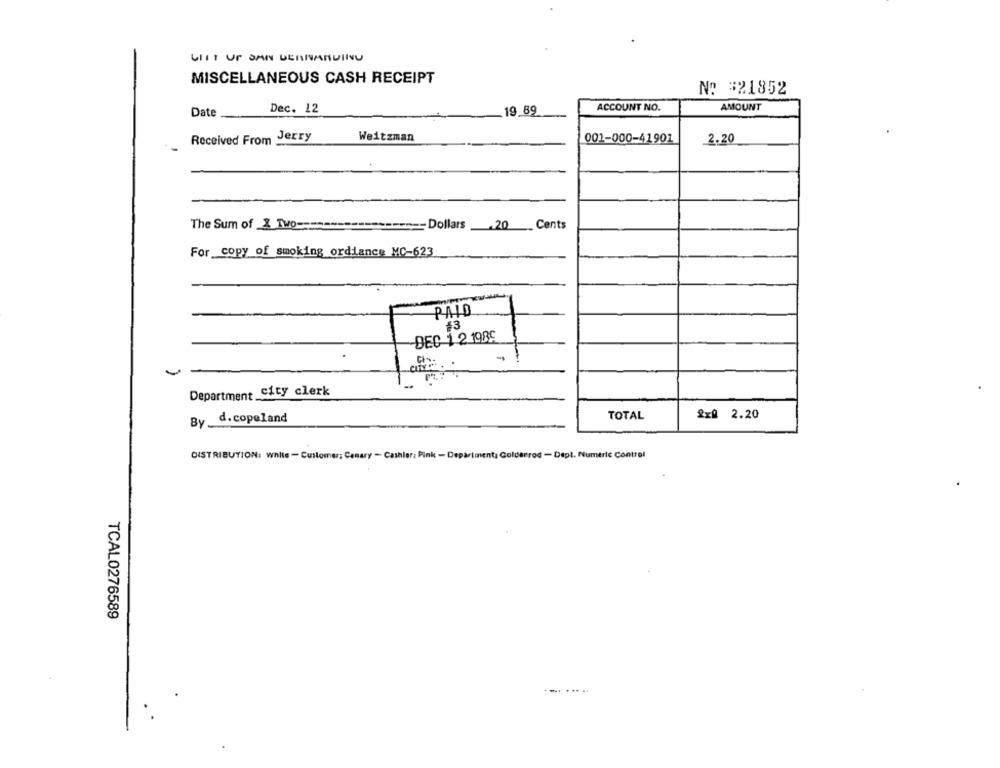
UIIT UP SAN DENNARDINU
MISCELLANEOUS CASH RECEIPT
No #21852
Dec. 12
ACCOUNT NO.
AMOUNT
Date
19 89
Received From Jerry
Weitzman
001-000-41901
2,20
The Sum of 2 Two ===
-Dollars
For copy of smoking ordiance MC-623
PALO
#3
DEC 1 2 1986
-
Department city clerk
TOTAL
2x0 2.20
d.copeland
By
DISTRIBUTION: white - Customer; Canary - Cashler: Pink - Department, Colderrod - Depl. Numeric Control
TCAL0276589
.-. .....